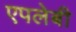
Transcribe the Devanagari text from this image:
एपलेबी